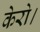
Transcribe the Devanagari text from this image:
केरो।